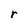
Character: r